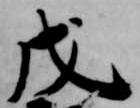
戊